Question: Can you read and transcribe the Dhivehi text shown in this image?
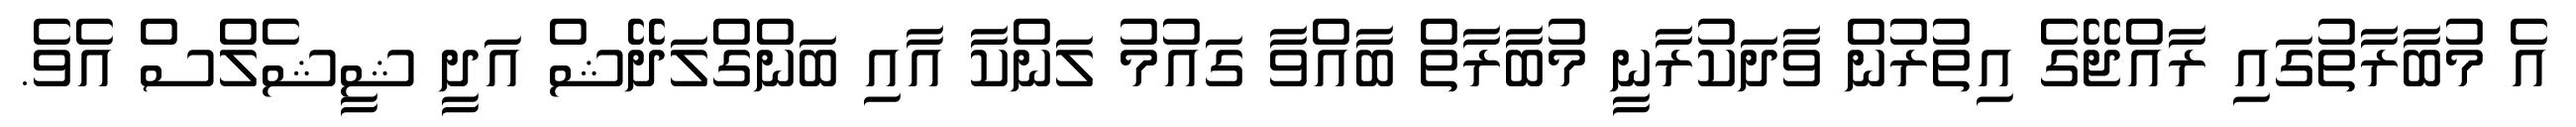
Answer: އެ މުބާރާތުގައި ރާއްޖޭގެ އިތުރުން ވާދަކުރާނީ މުބާރާތް ބާއްވާ ގައުމު ލަންކާ އާއި ބަންގްލަދޭޝް އަދީ ޝީޝެލްސް އެވެ.